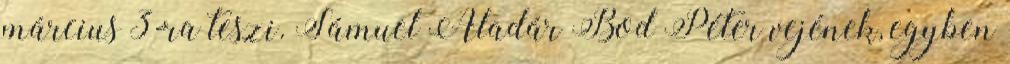
március 3-ra teszi. Sámuel Aladár Bod Péter vejének, egyben